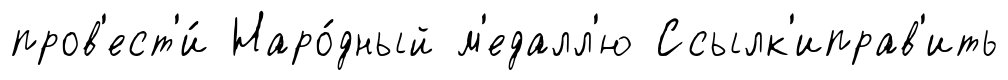
пров'ест'и́ Наро́дный м'едалл'ю Ссылк'иправ'ить